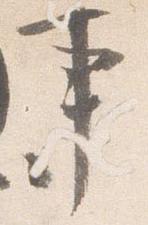
事